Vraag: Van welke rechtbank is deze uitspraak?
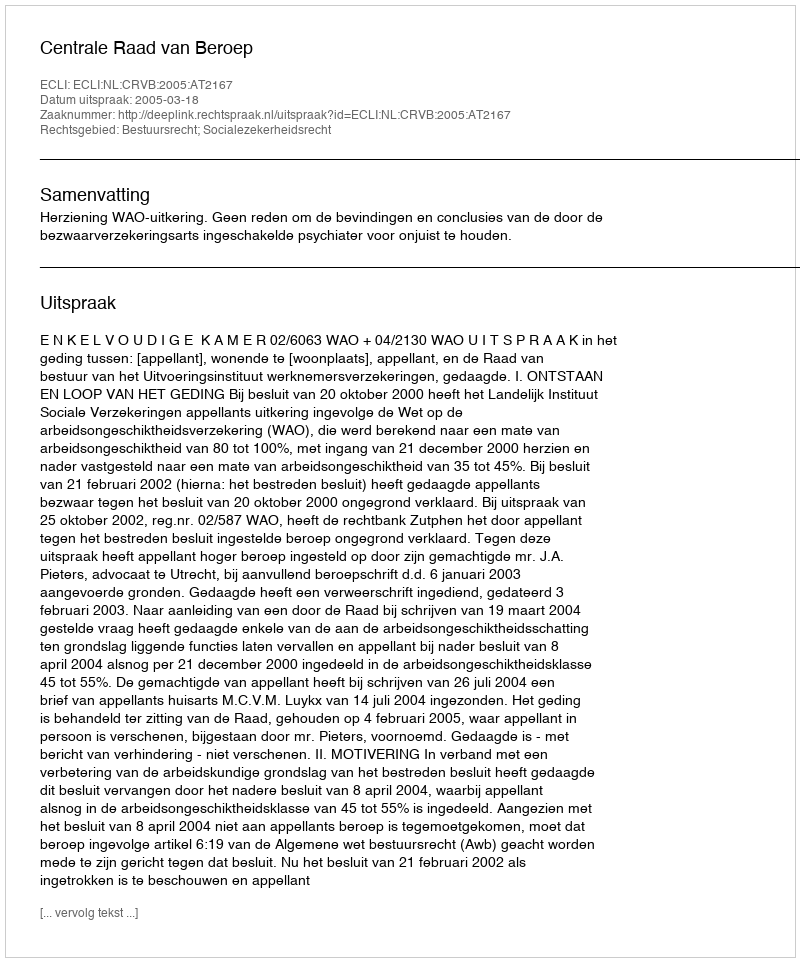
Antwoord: Centrale Raad van Beroep